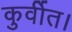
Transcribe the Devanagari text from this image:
कुर्वीत।